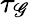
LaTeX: \tau_{\mathscr{G}}